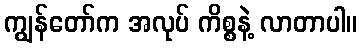
ကျွန်တော်က အလုပ် ကိစ္စနဲ့ လာတာပါ။